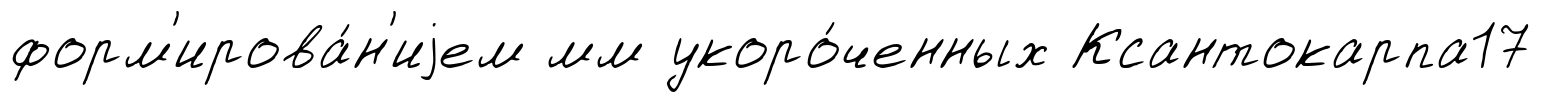
форм'ирова́н'иjем мм укоро́ченных Ксантокарпа17